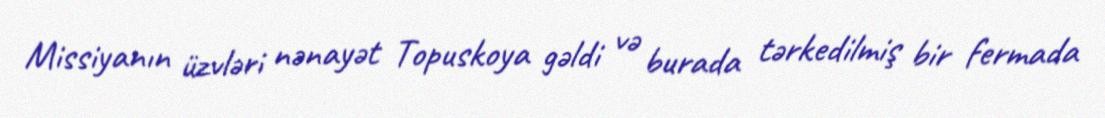
Missiyanın üzvləri nənayət Topuskoya gəldi və burada tərkedilmiş bir fermada